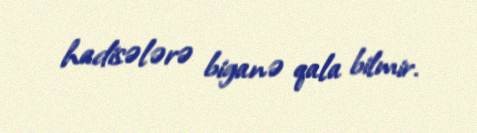
hadisələrə biganə qala bilmir.